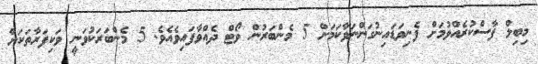
މިބިލް ފާސްކުރެއްވުމަށް ފެނިވަޑައިނުގަންނަވާކަމަށް 5 މެންބަރުން ވޯޓް ދެއްވާފައިވެއެވެ. 5 މެންބަރަކުވަނީ ވަކިފަރާތަކަށް